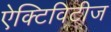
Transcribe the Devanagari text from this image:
ऐक्टिविटीज